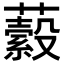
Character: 𧂔